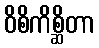
ဝိစိကိစ္ဆိတာ